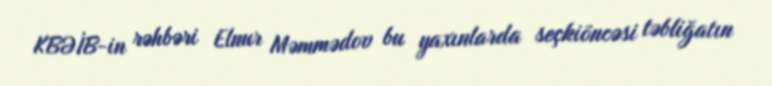
KBƏİB-in rəhbəri Elnur Məmmədov bu yaxınlarda seçkiöncəsi təbliğatın